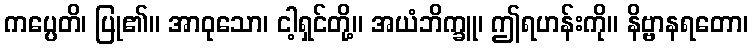
ကပ္ပေတိ၊ ပြု၏။ အာဝုသော၊ ငါ့ရှင်တို့။ အယံဘိက္ခူ၊ ဤရဟန်းကို။ နိဗ္ဗာနရတော၊